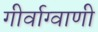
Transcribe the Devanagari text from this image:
गीर्वाग्वाणी